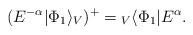
LaTeX: \begin{align*}(E^{-\alpha}|\Phi_1\rangle_V)^+={}_V\langle\Phi_1 |E^\alpha.\end{align*}